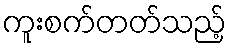
ကူးစက်တတ်သည့်